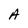
Character: A